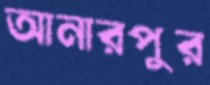
আনারপুর